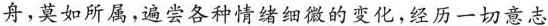
舟，莫如所属，选尝各种情绪细微的变化，经历一切意志